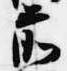
前